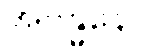
အဗန္ဓနော